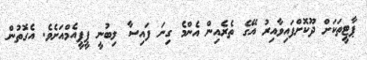
ޕާޓީތަކަށް ދޫކޮށްފައިވާއިރު އޭގެ ތެރެއިން އެންމެ ގިނަ ފައިސާ ލިބުނީ ޕީޕީއެމްއަށެވެ. އެގޮތުން